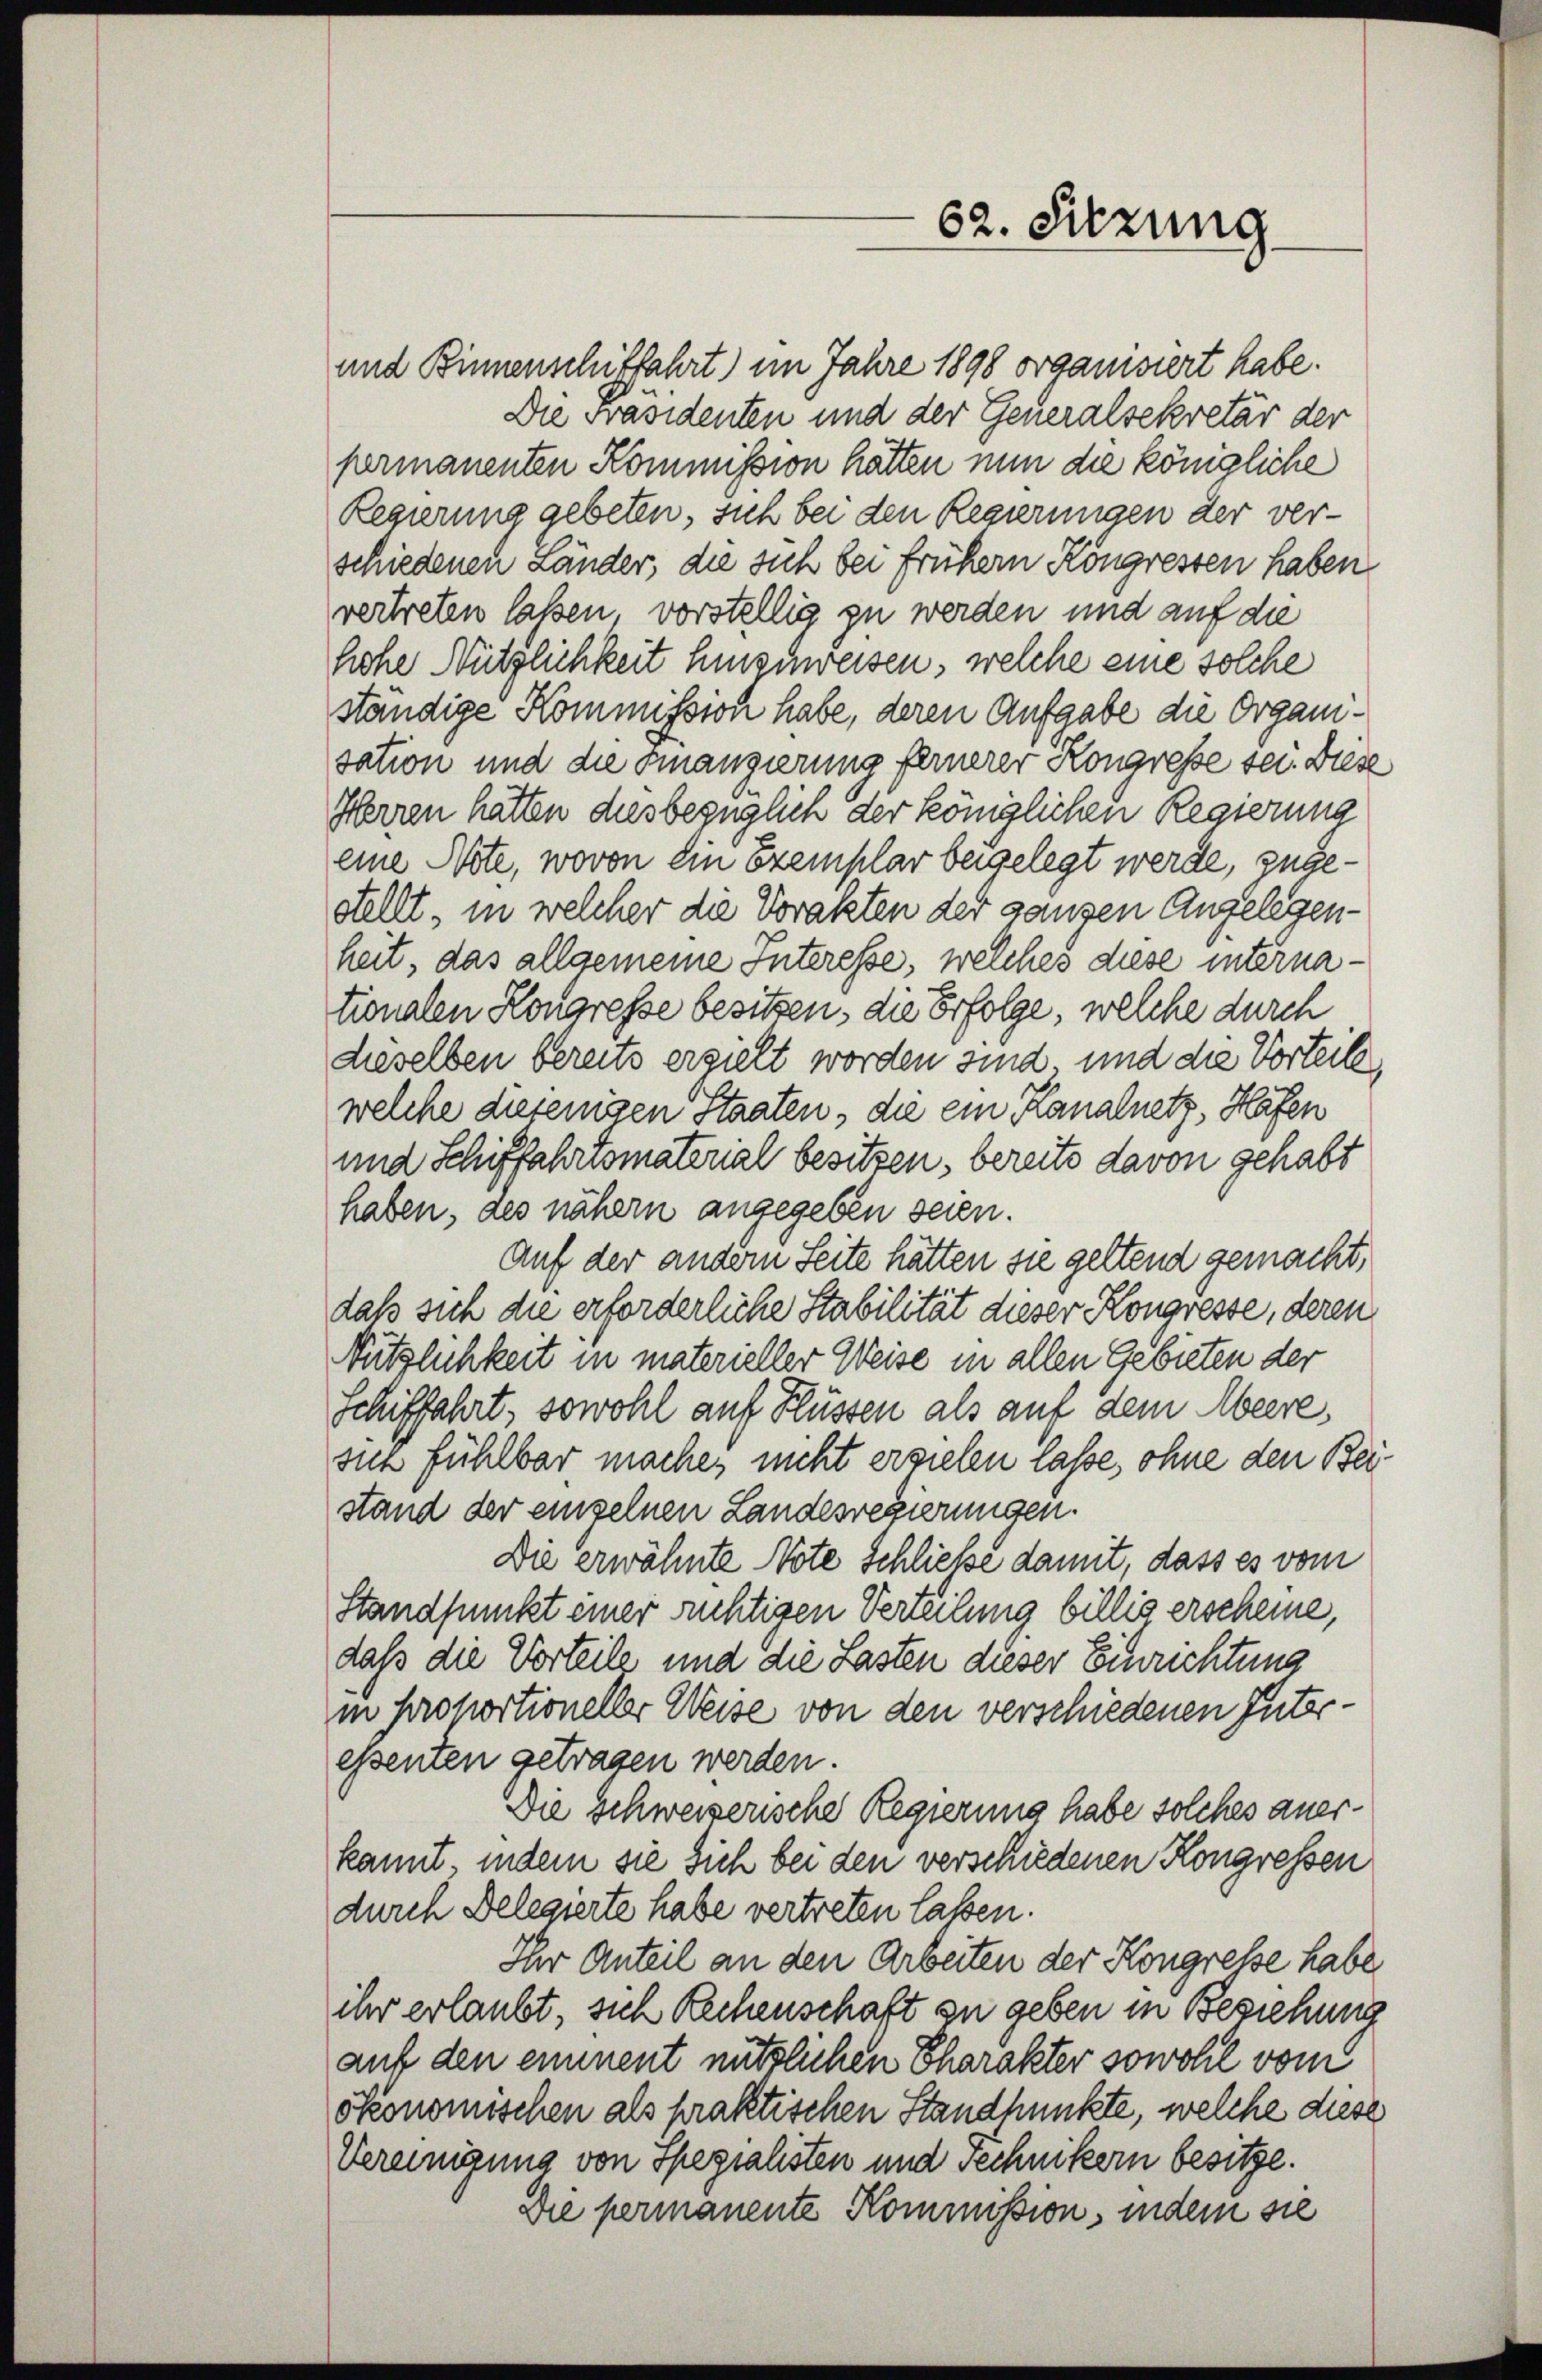
62. Sitzung

und Binnenschiffahrt) im Jahre 1898 organisiert habe.
Die Präsidenten und der Generalsekretär der
permanenten Kommission hätten nun die königliche
Regierung gebeten, sich bei den Regierungen der ver-
schiedenen Länder, die sich bei früher Köngressen haben.
vertreten laßen, vorstellig zu werden und auf die
hohe Nützlichkeit hinzuweisen, welche eine solche
ständige Kommission habe, deren Aufgabe die Organisation und die Finangierung fernerer Kongresse sei. Diese
Herren hätten diesbezüglich der königlichen Regierung
eine Note, wovon ein Exemplar beigelegt werde, zugestellt, in welcher die Vorakten der ganzen Angelegen-
heit, das allgemeine Interesse, welches diese internationalen Kongresse besitzen, die Erfolge, welche durch
dieselben bereits erzielt worden sind, und die Vorteile
welche diejenigen Staaten, die ein Kanalnetz, Hafen
und Schiffahrtsmaterial besitzen, bereits davon gehabt
haben, des nähern angegeben seien.
Auf der andern Seite hätten sie geltend gemacht,
daß sich die erforderliche Stabilität dieser Kongresse, deren
Nützlichkeit in materieller Weise in allen Gebieten der
Schiffahrt, sowohl auf Flüssen als auf dem Abeere,
sich fühlbar mache, nicht ersielen lasse, ohne den Beistand der einzelnen Landesregierungen.
Die erwähnte Note Schließe damit, dass es vom
Standpunkt einer richtigen Verteilung billig erscheine,
daß die Vorteile und die Lasten dieser Einrichtung
in Prohortioneller Weise von den verschiedenen Interessenten getragen werden.
Die Schweizerische Regierung habe solches anerkannt indem sie sich bei den verschiedenen Kongressen
durch Belegierte habe vertreten lassen.
Ihr Anteil an den Arbeiten der Kongresse habe
ihr erlaubt, sich Rechenschaft zu geben in Beziehung
auf den eiment nützlichen Charakter sowohl vom
ökonomischen als praktischen Standpunkte, welche diese
Vereinigung von Spezialisten und Technikern besitze.
Die permanente Kommission, indem sie